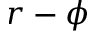
r - \phi